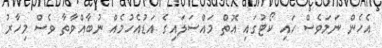
އެހެން ނަމަވެސް ހައި ކޯޓުގައި އޮތް މައްސަލައިގެ އަޑުއެހުމެއް ނުބާއްވާތާ ވެސް މިހާރު